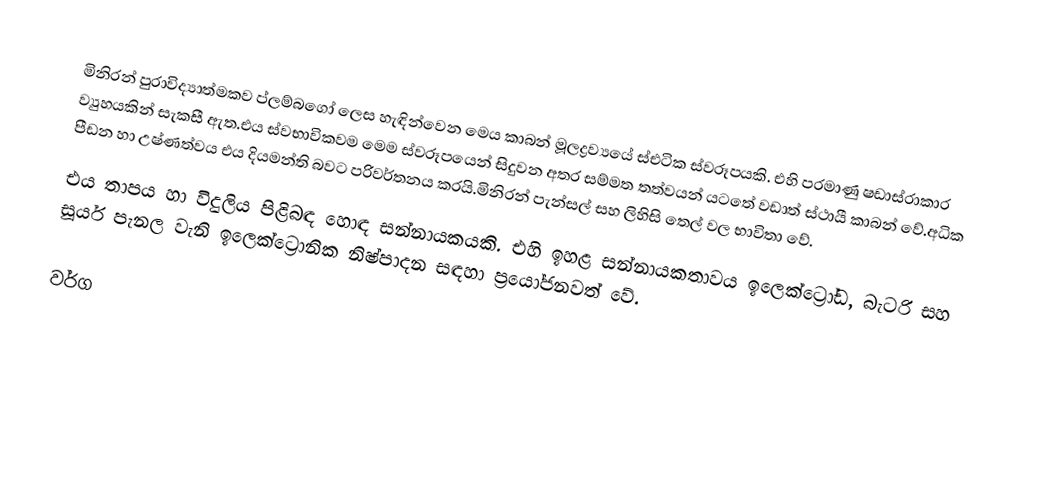
මිනිරන් පුරාවිද්‍යාත්මකව ප්ලම්බගෝ ලෙස හැඳින්වෙන මෙය කාබන් මූලද්‍රව්‍යයේ ස්එටික ස්වරූපයකි. එහි පරමාණු ෂඩාස්රාකාර ව්‍යුහයකින් සැකසී ඇත.එය ස්වභාවිකවම මෙම ස්වරූපයෙන් සිදුවන අතර සම්මත තත්වයන් යටතේ වඩාත් ස්ථායී කාබන් වේ.අධික පීඩන හා උෂ්ණත්වය එය දියමන්ති බවට පරිවර්තනය කරයි.මිනිරන් පැන්සල් සහ ලිහිසි තෙල් වල භාවිතා වේ.
එය තාපය හා විදුලිය පිළිබඳ හොඳ සන්නායකයකි. එහි ඉහළ සන්නායකතාවය ඉලෙක්ට්‍රෝඩ, බැටරි සහ සූර්ය පැනල වැනි ඉලෙක්ට්‍රොනික නිෂ්පාදන සඳහා ප්‍රයෝජනවත් වේ.

වර්ග